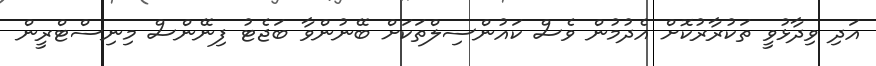
އަދި ވިދާޅުވީ ތަކުރާރުކޮށް އެދުމުން ވެސް ކައުންސިލްތަކަށް ބޭނުންވާ ބަޖެޓު ފިނޭންސް މިނިސްޓްރީން